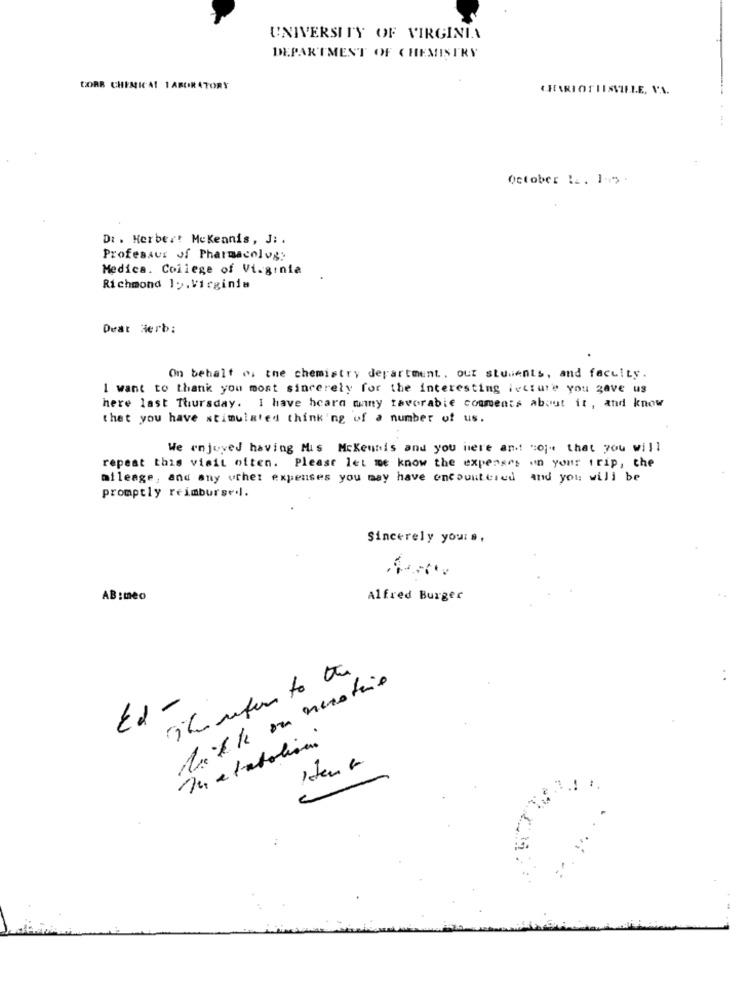
UNIVERSITY OF VIRGINIA
DEPARTMENT OF CHEMISTRY
CORR CHEMICAL 1 ABOR ATORY
October 1. 1.5 .
Dr . Herbert Mckeanis, J: .
Professur of Pharmacology
Medica. College of Virginia
Richmond 15.Virginia
Deat Herb:
On behalf o, the chemistry department. our students, and faculty.
I want to thank you most sincerely for the interesting lecture you gave us
here last Thursday. I have heard many favorable comments about it , and know
that you have stimulated thinking of a number of us.
We enjoyed having Mis Mckeunis and you ilere and! "Oj" that you will
repeat this visit often. Please let me know the expenses un your trip, the
mileage, and any other expenses you may have encountered and you will be
promptly reimburse ..
Sincerely yours,
AB :me0
Alfred Burger
Tu etabolism